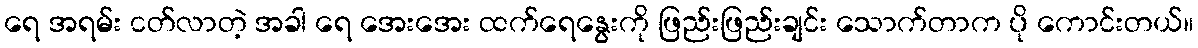
ရေ အရမ်း ငတ်လာတဲ့ အခါ ရေ အေးအေး ထက်ရေနွေးကို ဖြည်းဖြည်းချင်း သောက်တာက ပို ကောင်းတယ်။